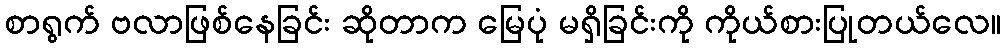
စာရွက် ဗလာဖြစ်နေခြင်း ဆိုတာက မြေပုံ မရှိခြင်းကို ကိုယ်စားပြုတယ်လေ။